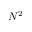
N ^ { 2 }